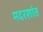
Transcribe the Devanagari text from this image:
मदरशांत